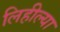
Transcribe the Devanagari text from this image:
लिहील्या